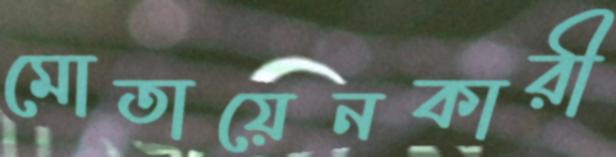
মোতায়েনকারী